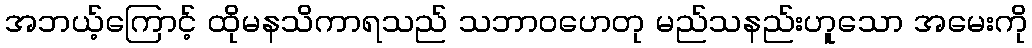
အဘယ့်ကြောင့် ထိုမနသိကာရသည် သဘာဝဟေတု မည်သနည်းဟူသော အမေးကို